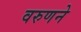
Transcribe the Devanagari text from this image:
वरुणने